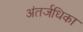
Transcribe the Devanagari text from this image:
अंतर्जधिका